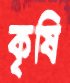
কৃষি